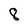
Character: 8